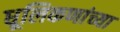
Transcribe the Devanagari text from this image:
धूलिकणांच्या